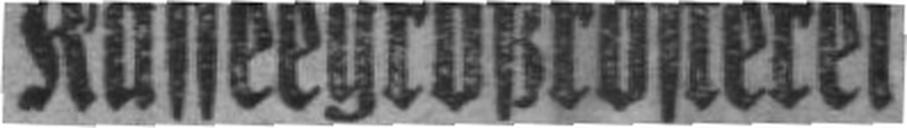
Kaffeegroßrösterei